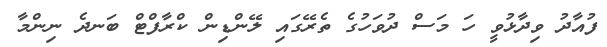
ފުއާދު ވިދާޅުވީ ހަ މަސް ދުވަހުގެ ތެރޭގައި ލޭންޑިން ކްރާފްޓް ބަނދެ ނިންމާ